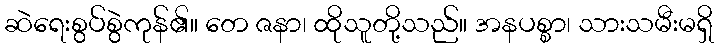
ဆဲရေးစွပ်စွဲကုန်၏။ တေ ဇနာ၊ ထိုသူတို့သည်။ အနပစ္စာ၊ သားသမီးမရှိ